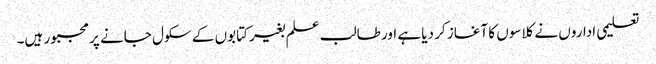
تعلیمی اداروں نے کلاسوں کا آغاز کر دیا ہے اور طالب علم بغیر کتابوں کے سکول جانے پر مجبور ہیں۔